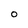
Character: o